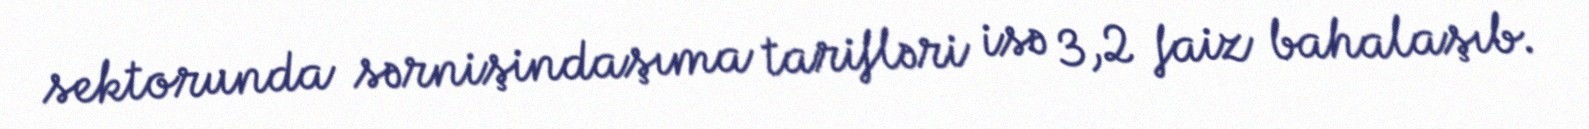
sektorunda sərnişindaşıma tarifləri isə 3,2 faiz bahalaşıb.